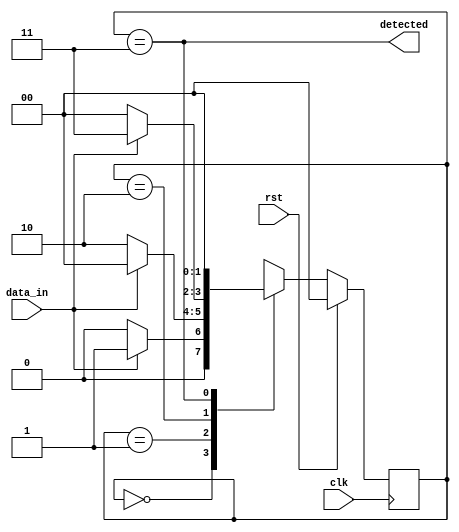
 module Moore_101_detection(input clk,rst,data_in,output reg detected);

 // Define states
 localparam S_IDLE = 2'b00;
 localparam S_1 = 2'b01;
 localparam S_10 = 2'b10;
 localparam S_101 = 2'b11;
 
 // Define state register and next state logic
 reg [1:0] state, next_state; 
 
 // Define state transitions and outputs
  always @(posedge clk) 
   begin
    if (rst)
     begin
       state <= S_IDLE; // Reset to idle state
     end 
	else 
	 begin
        state <= next_state; // Update state
     end
  end

 // Define next state logic and outputs
  always @(*) 
   begin
    case(state)
        S_IDLE: begin
            if (data_in == 1'b1) 
			 begin
                next_state = S_1;
             end 
			else
  			 begin
                next_state = S_IDLE;
             end
         end
        S_1: begin
            if (data_in == 1'b0)
 			 begin
                next_state = S_10;
             end 
			else 
			 begin
                next_state = S_IDLE;
             end
        end
        S_10: begin
            if (data_in == 1'b1) 
			 begin
                next_state = S_101;
             end 
			else 
			 begin
                next_state = S_IDLE;
             end
        end
        S_101: begin
            next_state = S_IDLE;
        end
        default: begin
            next_state = S_IDLE;
        end
    endcase
  end
 
 // Define output based on current state
  always @(*) begin
    detected = (state == S_101); // Output '1' when '101' is detected
  end

 endmodule